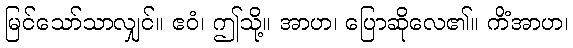
မြင်သော်သာလျှင်။ ဧဝံ၊ ဤသို့။ အာဟ၊ ပြောဆိုလေ၏။ ကိံအာဟ၊